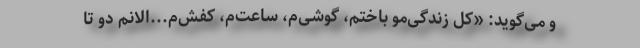
و می‌گوید: «‌کل زندگی‌مو باختم، گوشی‌م، ساعت‌م، کفش‌م...الانم دو تا